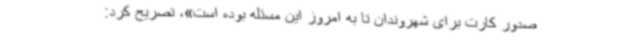
صدور کارت برای شهروندان تا به امروز این مسئله بوده است»، تصریح کرد: